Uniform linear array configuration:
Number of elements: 64
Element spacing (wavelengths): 0.25
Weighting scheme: binomial
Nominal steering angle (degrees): -45
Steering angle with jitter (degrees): -43.295
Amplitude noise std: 0.05
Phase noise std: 0.05

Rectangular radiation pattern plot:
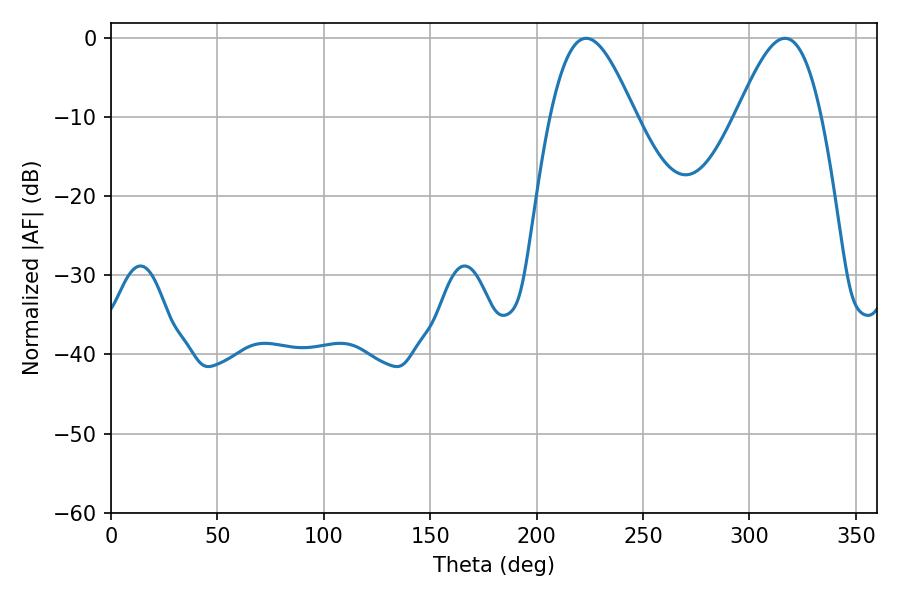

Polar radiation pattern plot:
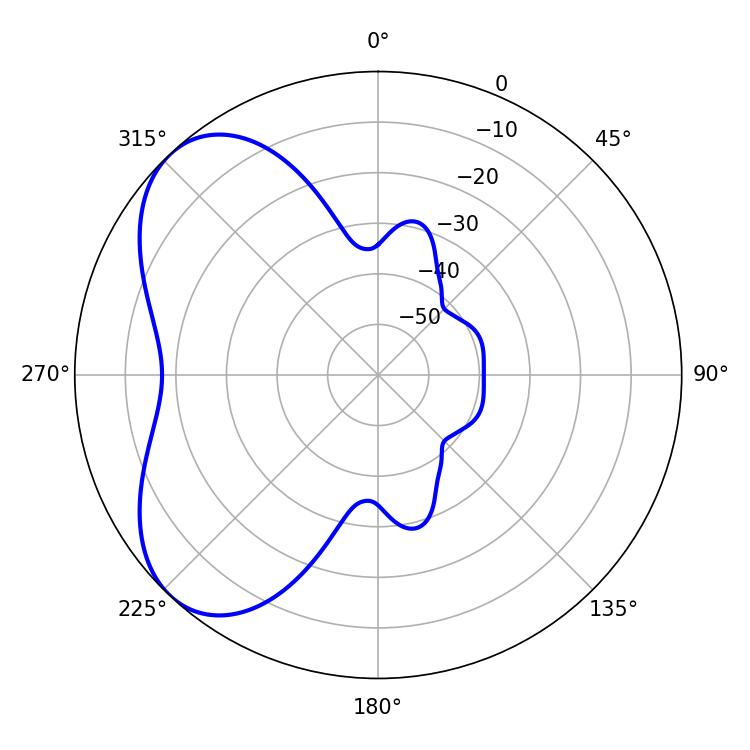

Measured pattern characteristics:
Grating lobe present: FALSE
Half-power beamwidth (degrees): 21.24
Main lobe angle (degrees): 223.2